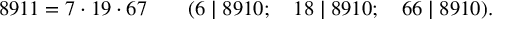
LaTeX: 8 9 1 1 = 7 \cdot 1 9 \cdot 6 7 \qquad ( 6 \mid 8 9 1 0 ; \quad 1 8 \mid 8 9 1 0 ; \quad 6 6 \mid 8 9 1 0 ) .